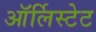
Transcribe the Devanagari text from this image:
ऑर्लिस्टेट